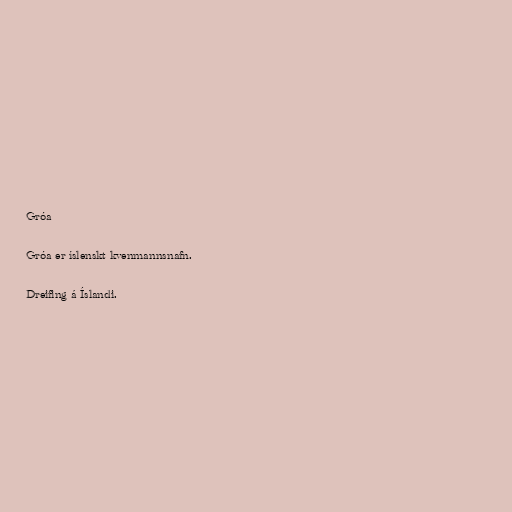
Gróa

Gróa er íslenskt kvenmannsnafn.

Dreifing á Íslandi.